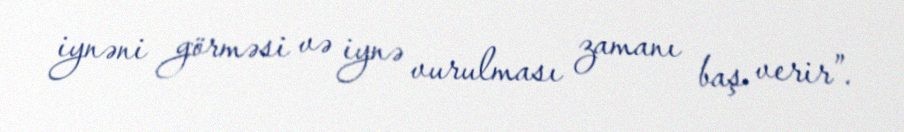
iynəni görməsi və iynə vurulması zamanı baş verir”.